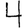
Digit: 4